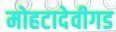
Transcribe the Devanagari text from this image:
मोहटादेवीगड